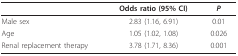
<table><thead><tr><td></td><td><b>Odds ratio (95% CI)</b></td><td><b><i>P</i></b></td></tr></thead><tbody><tr><td>Male sex</td><td>2.83 (1.16, 6.91)</td><td>0.01</td></tr><tr><td>Age</td><td>1.05 (1.02, 1.08)</td><td>0.026</td></tr><tr><td>Renal replacement therapy</td><td>3.78 (1.71, 8.36)</td><td>0.001</td></tr></tbody></table>